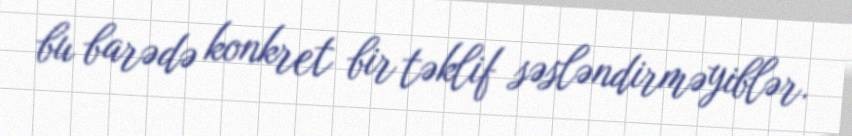
bu barədə konkret bir təklif səsləndirməyiblər.